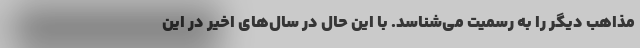
مذاهب دیگر را به رسمیت می‌شناسد. با این حال در سال‌های اخیر در این